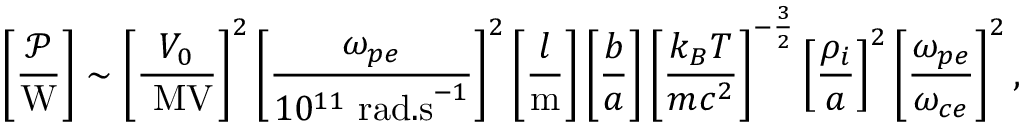
\left[ \frac { \mathcal { P } } { \mathrm { W } } \right] \sim \left[ \frac { V _ { 0 } } { ~ \mathrm { M V } } \right] ^ { 2 } \left[ \frac { \omega _ { { p e } } } { 1 0 ^ { 1 1 } ~ \mathrm { r a d . s } ^ { - 1 } } \right] ^ { 2 } \left[ \frac { l } { \mathrm { m } } \right] \left[ \frac { b } { a } \right] \left[ \frac { k _ { B } T } { m c ^ { 2 } } \right] ^ { - \frac { 3 } { 2 } } \left[ \frac { \rho _ { i } } { a } \right] ^ { 2 } \left[ \frac { \omega _ { p e } } { \omega _ { c e } } \right] ^ { 2 } ,